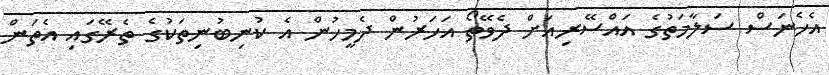
އެހެނަސް ސަލާމަތުގެ އައްސޭރިއަށް ދެވޭތޯ އަހަރުން ދެމީހުން އެ ކުނިބުނިތަކުގެ ތެރޭގައި އެތަން